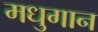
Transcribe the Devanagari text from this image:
मधुगान